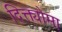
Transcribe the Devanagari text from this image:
दिक्त्योमा